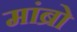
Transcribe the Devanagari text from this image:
मांब्रो